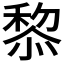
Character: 𥠖